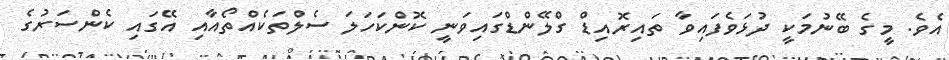
އެވެ. މީގެ ބޭނުމަކީ ދުޅަވެފައިވާ ތައިރޮއިޑް ގްލޭންޑްގައިވަނީ ކޮންކަހަލަ ސެލްތަކެއްތޯއާއި އޭގައި ކެންސަރުގެ